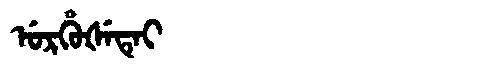
Manchu: ᡠᡵᡥᡠᡧᡝᡨᡝᡳ
Romanization: URHUŠETEI